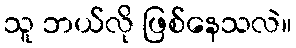
သူ ဘယ်လို ဖြစ်နေသလဲ။